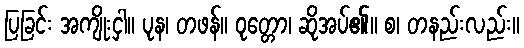
ပြခြင်း အကျိုးငှါ။ ပုန၊ တဖန်။ ဝုတ္တော၊ ဆိုအပ်၏။ စ၊ တနည်းလည်း။